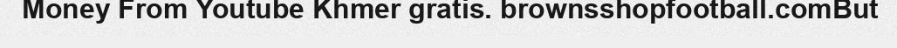
Money From Youtube Khmer gratis. brownsshopfootball.comBut